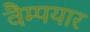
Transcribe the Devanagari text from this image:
वैम्पयार